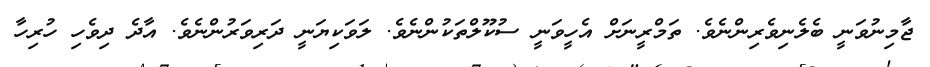
ޖާމިނުވަނީ ބެލެނިވެރިންނެވެ. ތަމްރީނަށް އެހީވަނީ ސުކޫލްތަކުންނެވެ. ލަވަކިޔަނީ ދަރިވަރުންނެވެ. އާދެ ދިވެހި ހުރިހާ